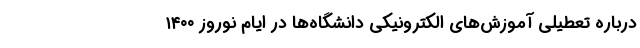
درباره تعطیلی آموزش‌های الکترونیکی دانشگاه‌ها در ایام نوروز ۱۴۰۰